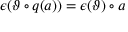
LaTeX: \epsilon ( \vartheta \circ q ( a ) ) = \epsilon ( \vartheta ) \circ a